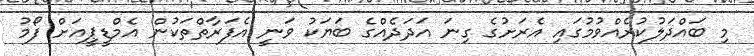
މި ބައްދަލުކުރެއްވުމުގައި އެރަށުގެ ގިނަ އަދަދެއްގެ ބަޔަކު ވަނީ އެފަރާތްތަކުން އެމްޑީޕީއަށް ފޯމު